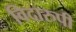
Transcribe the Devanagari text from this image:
विदारुपी